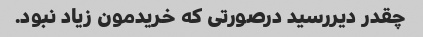
چقدر دیررسید درصورتی که خریدمون زیاد نبود.